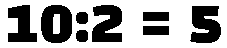
10:2 = 5